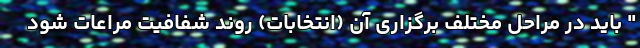
" باید در مراحل مختلف برگزاری آن (انتخابات) روند شفافیت مراعات شود